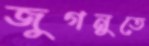
জুগনুতে